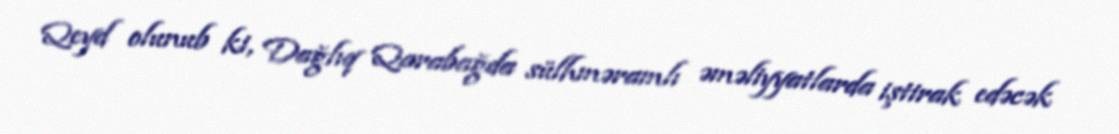
Qeyd olunub ki, Dağlıq Qarabağda sülhməramlı əməliyyatlarda iştirak edəcək